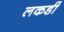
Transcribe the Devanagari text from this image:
लकडीं